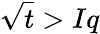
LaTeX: \sqrt{t}>Iq